Veterinary regulations India, 1939 -
Year: 1939
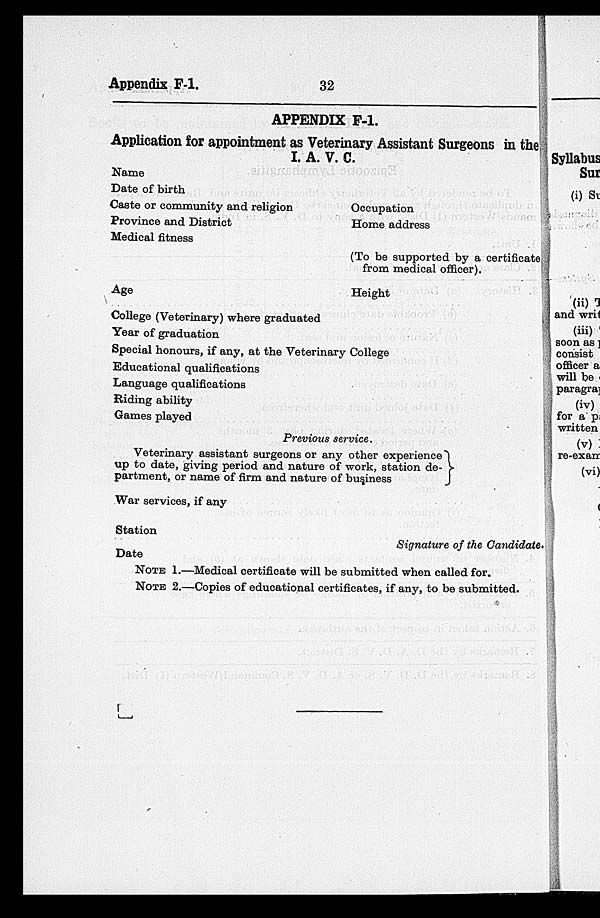
Appendix
F-1.
32
APPENDIX F-1.
Application for appointment as Veterinary Assistant Surgeons in the
I. A. V. C.
Name
Date of birth
Caste or community and religion
Province and District
Medical fitness
Age
College (Veterinary) where graduated
Year of graduation
Occupation
Home address
(To be supported by a certificate
from medical officer).
Height
Special honours, if any, at the Veterinary College
Educational qualifications
Language qualifications
Riding ability
Games played
Previous service.
Veterinary assistant surgeons or any other experience
up to date, giving period and nature of work, station de-
partment, or name of firm and nature of business
War services, if any
Station
Signature of the Candidate.
Date
NOTE 1.—Medical certificate will be submitted when called for.
NOTE 2.—Copies of educational certificates, if any, to be submitted.